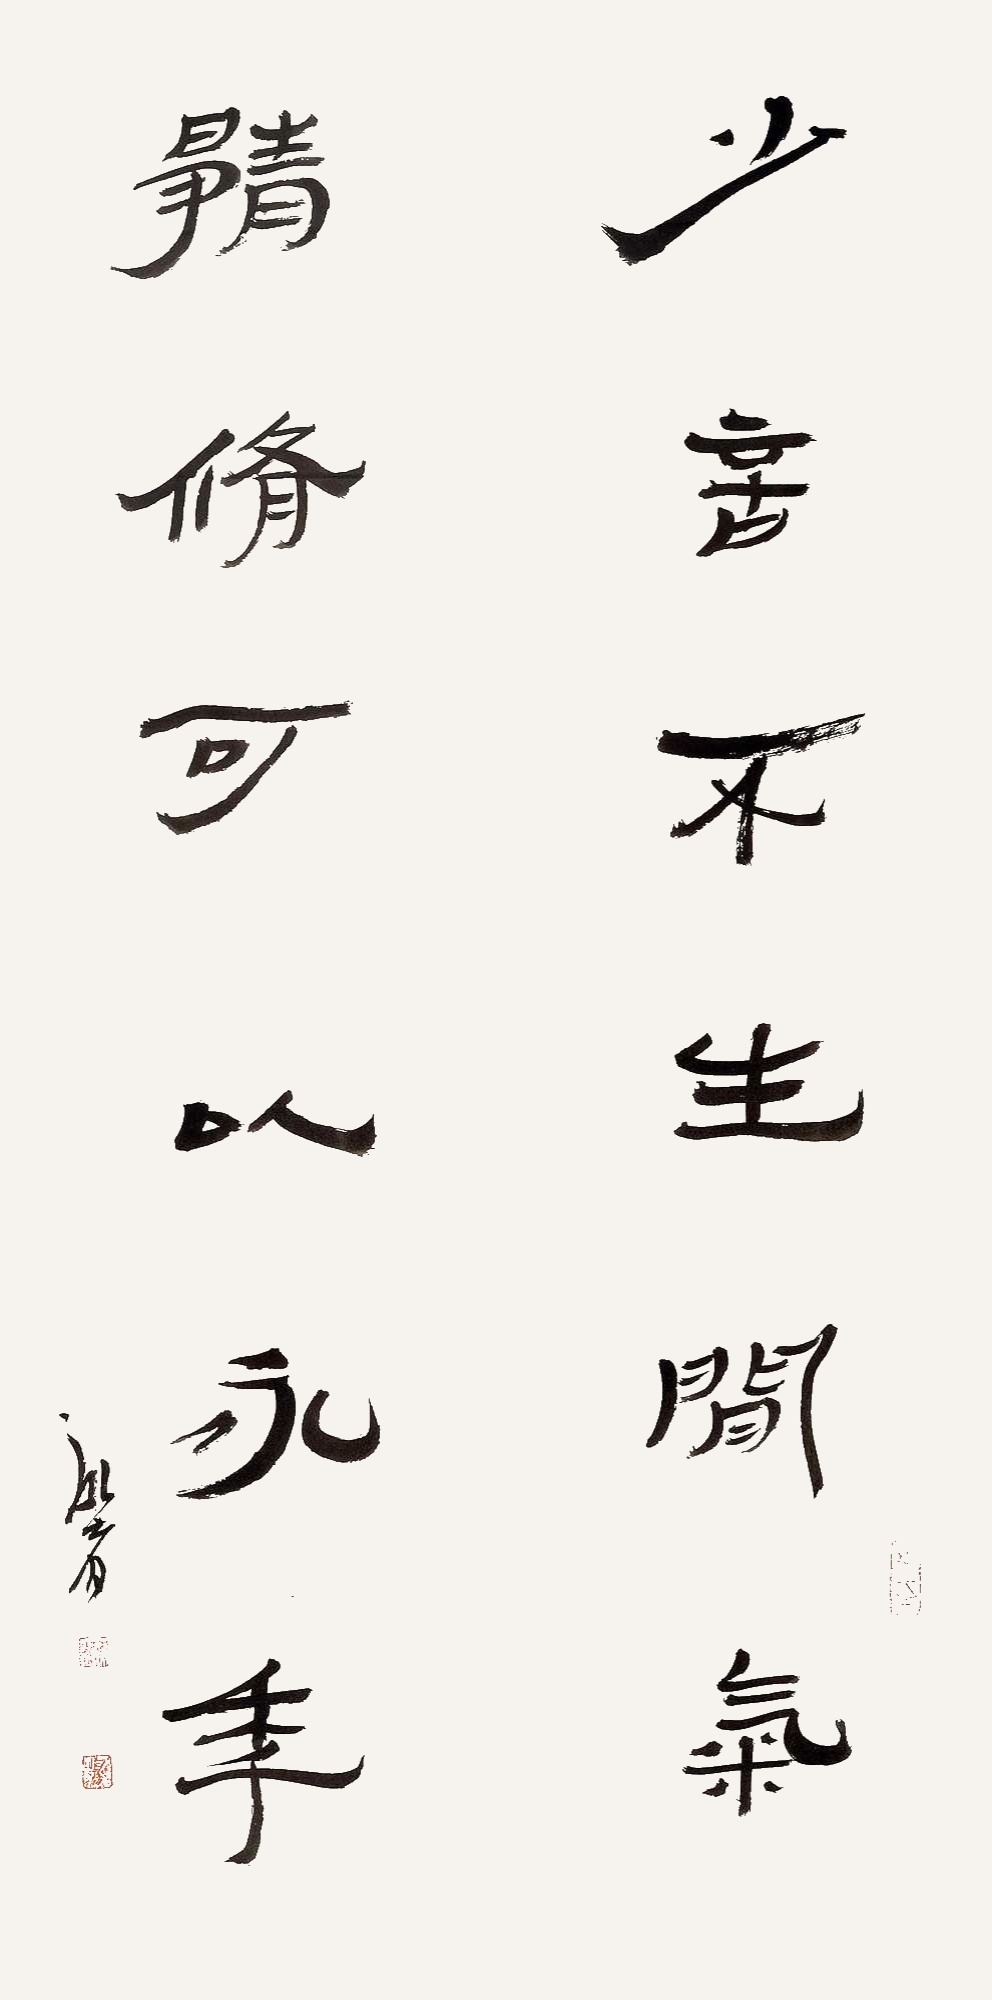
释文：少言不生闲气，静修可以永年。泓者。